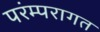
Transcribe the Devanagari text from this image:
परंम्परागत